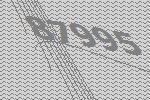
87995